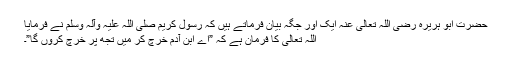
حضرت ابو ہریرہ رضی اللہ تعالیٰ عنہ ایک اور جگہ بیان فرماتے ہیں کہ رسول کریم صلی اللہ علیہ وآلہ وسلم نے فرمایا
اللہ تعالیٰ کا فرمان ہے کہ ”اے ابنِ آدم خرچ کر میں تجھ پر خرچ کروں گا”۔